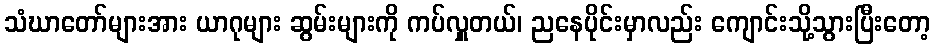
သံဃာတော်များအား ယာဂုများ ဆွမ်းများကို ကပ်လှူတယ်၊ ညနေပိုင်းမှာလည်း ကျောင်းသို့သွားပြီးတော့